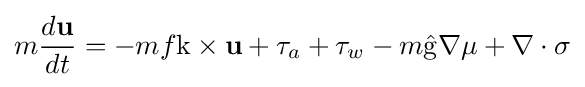
m{\frac {d\mathbf {u} }{dt}}=-mf\mathrm {k} \times \mathbf {u} +\tau _{a}+\tau _{w}-m\mathrm {\hat {g}} \nabla \mu +\nabla \cdot \mathbf {\sigma }